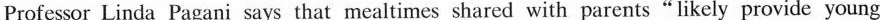
Professor Linda Pagani says that mealtimes shared with parents"likely provide young